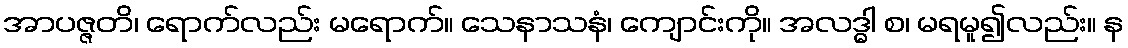
အာပဇ္ဇတိ၊ ရောက်လည်း မရောက်။ သေနာသနံ၊ ကျောင်းကို။ အလဒ္ဓါ စ၊ မရမူ၍လည်း။ န